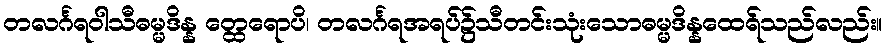
တလင်္ဂရဝါသီဓမ္မဒိန္န တ္ထေရောပိ၊ တလင်္ဂရအရပ်၌သီတင်းသုံးသောဓမ္မဒိန္နထေရ်သည်လည်း။